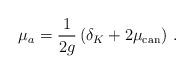
LaTeX: \begin{align*} \mu_a = \frac{1}{2g} \left(\delta_K + 2\mu_{\mathrm{can}} \right) \, . \end{align*}